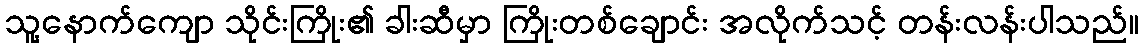
သူ့နောက်ကျော သိုင်းကြိုး၏ ခါးဆီမှာ ကြိုးတစ်ချောင်း အလိုက်သင့် တန်းလန်းပါသည်။